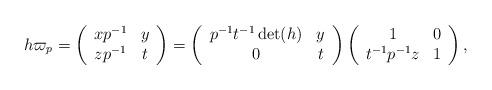
LaTeX: \begin{align*} h\varpi_p = \left(\begin{array}{cc} xp^{-1} & y \\ zp^{-1} & t\end{array} \right) = \left(\begin{array}{cc} p^{-1}t^{-1}\det(h) & y \\ 0 & t\end{array} \right) \left(\begin{array}{cc} 1 & 0 \\ t^{-1}p^{-1}z & 1\end{array} \right),\end{align*}